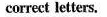
correct letters.